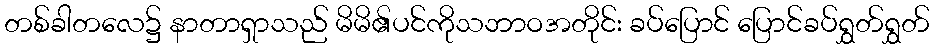
တစ်ခါတလေ၌ နာတာရှာသည် မိမိ၏ပင်ကိုသဘာဝအတိုင်း ခပ်ပြောင် ပြောင်ခပ်ရွှတ်ရွှတ်